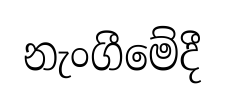
නැංගීමේදී